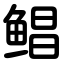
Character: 鲳